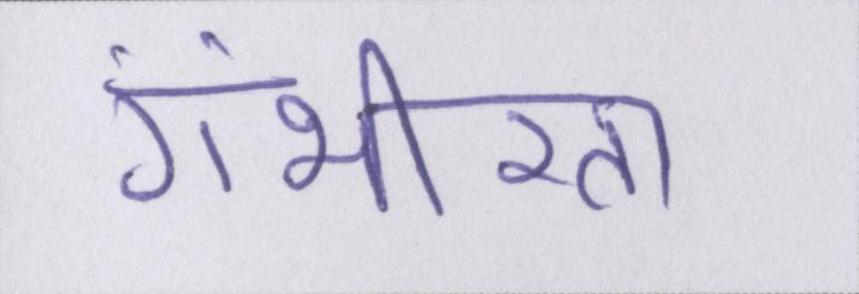
गंभीरता